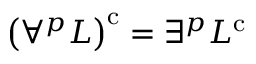
\left( \forall ^ { p } L \right) ^ { \mathrm { { c } } } = \exists ^ { p } L ^ { \mathrm { { c } } }